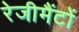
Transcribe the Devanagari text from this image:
रेजीमैंटों